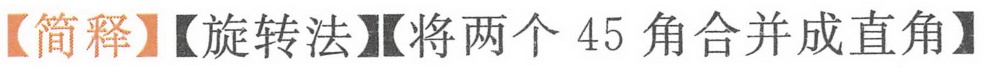
【简释】【旋转法】【将两个 45 角合并成直角】